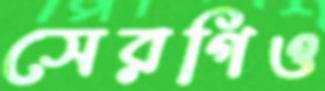
সেরগিও